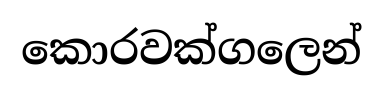
කොරවක්ගලෙන්